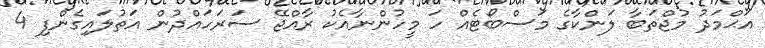
އަޙްމަދު މުޖްތަބާ ލަންކާގެ މަސްބޯޓެއް ހަ މީހުންނާއެކު ރާއްޖޭ ސަރަހައްދުން އަތުލައިގެންފި 4